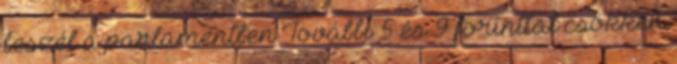
beszél a parlamentben További 5 és 9 forinttal csökken